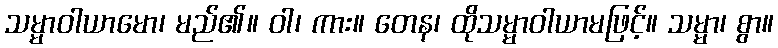
သမ္မာဝါယာမော၊ မည်၏။ ဝါ၊ ကား။ တေန၊ ထိုသမ္မာဝါယာမဖြင့်။ သမ္မာ၊ စွာ။